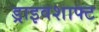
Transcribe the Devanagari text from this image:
ड्राइवशाफ्ट